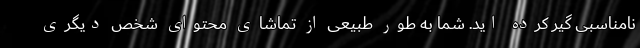
نامناسبی گیر کرده اید. شما به طور طبیعی از تماشای محتوای شخص دیگری